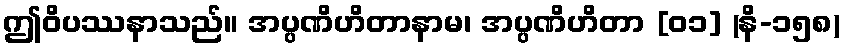
ဤဝိပဿနာသည်။ အပ္ပဏိဟိတာနာမ၊ အပ္ပဏိဟိတာ [၀၁] (နိ-၁၅၈)